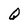
Character: Q